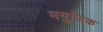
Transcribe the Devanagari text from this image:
मयुजिक